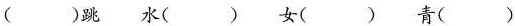
( )跳 水( ) 女( ) 青( )